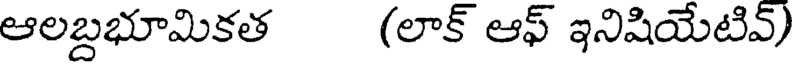
ఆలబ్దభూమికత (లాక్ ఆఫ్ ఇనిషియేటివ్)